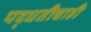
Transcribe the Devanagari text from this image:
पद्धतीचाही